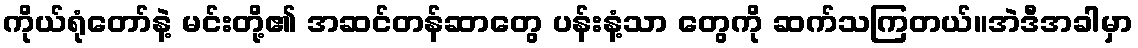
ကိုယ်ရုံတော်နဲ့ မင်းတို့၏ အဆင်တန်ဆာတွေ ပန်းနံ့သာ တွေကို ဆက်သကြတယ်။အဲဒီအခါမှာ